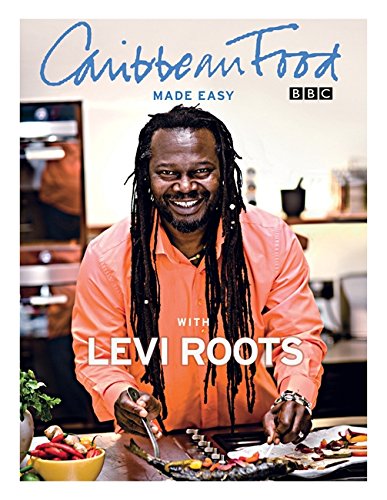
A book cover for Caribbean Food Made Easy; Levi Roots; Cookbooks, Food & Wine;